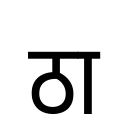
OCR:
ठा